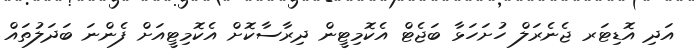
އަދި އޮޑިޓަރ ޖެނެރަލް ހުށަހަޅާ ބަޖެޓް އެކޮމިޓީން ދިރާސާކޮށް އެކޮމިޓީއަށް ފެންނަ ބަދަލުތައް